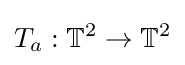
T_{a}:\mathbb {T} ^{2}\to \mathbb {T} ^{2}